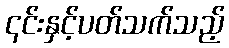
၎င်းနှင့်ပတ်သက်သည့်